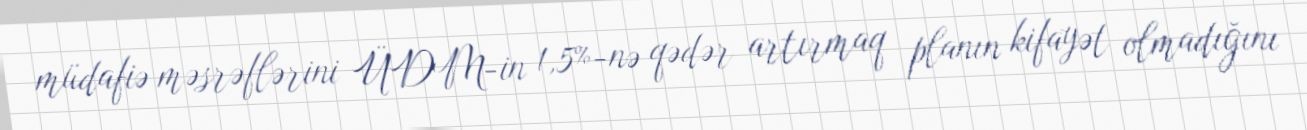
müdafiə məsrəflərini ÜDM-in 1,5%-nə qədər artırmaq planın kifayət olmadığını